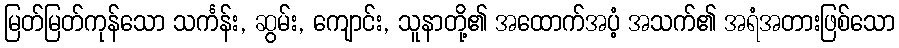
မြတ်မြတ်ကုန်သော သင်္ကန်း, ဆွမ်း, ကျောင်း, သူနာတို့၏ အထောက်အပံ့ အသက်၏ အရံအတားဖြစ်သော